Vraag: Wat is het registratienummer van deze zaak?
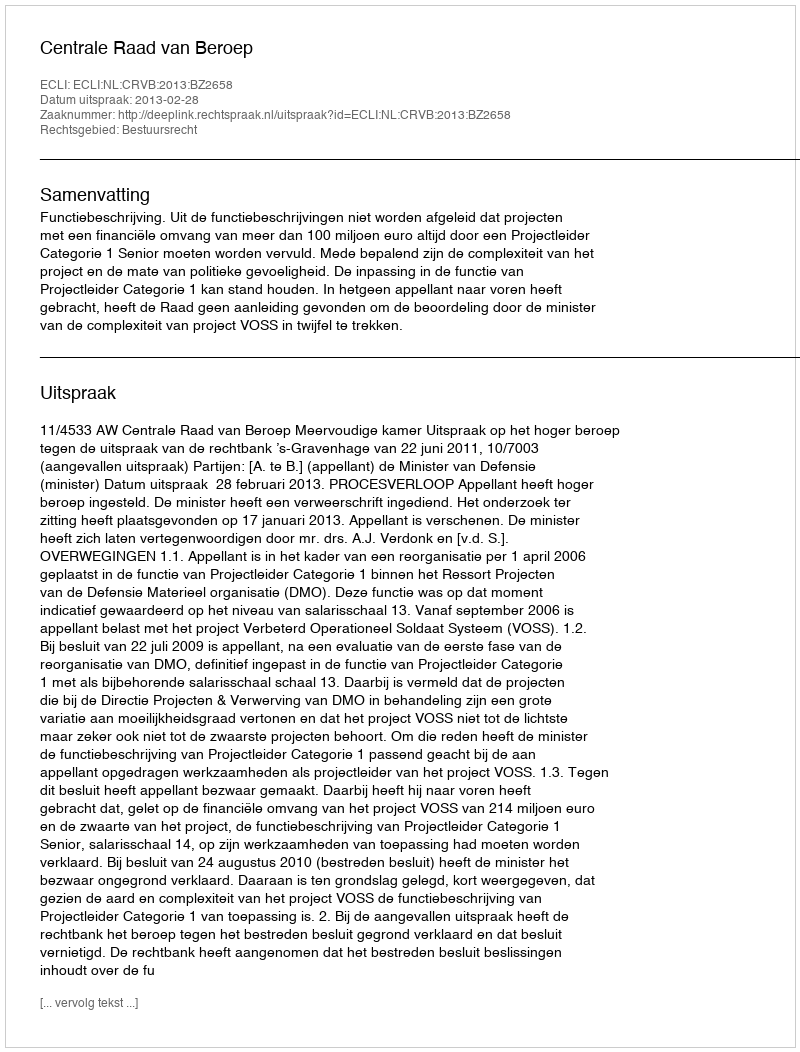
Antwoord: http://deeplink.rechtspraak.nl/uitspraak?id=ECLI:NL:CRVB:2013:BZ2658